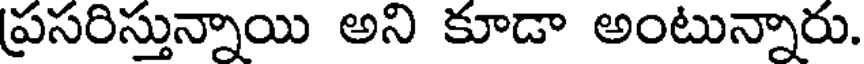
ప్రసరిస్తున్నాయి అని కూడా అంటున్నారు.